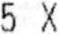
5 X